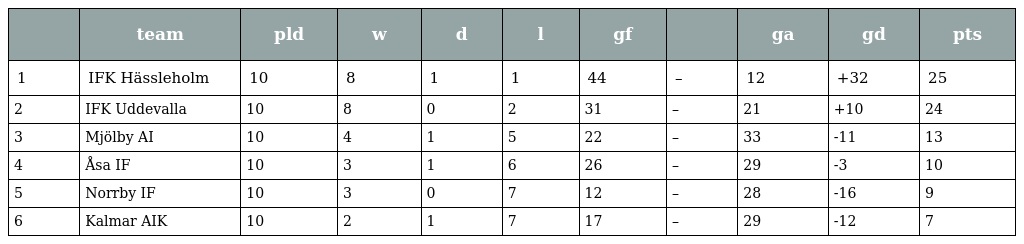
|  | team | pld | w | d | l | gf |  | ga | gd | pts |
 | --- | --- | --- | --- | --- | --- | --- | --- | --- | --- | --- |
 | 1 | IFK Hässleholm | 10 | 8 | 1 | 1 | 44 | – | 12 | +32 | 25 |
 | 2 | IFK Uddevalla | 10 | 8 | 0 | 2 | 31 | – | 21 | +10 | 24 |
 | 3 | Mjölby AI | 10 | 4 | 1 | 5 | 22 | – | 33 | -11 | 13 |
 | 4 | Åsa IF | 10 | 3 | 1 | 6 | 26 | – | 29 | -3 | 10 |
 | 5 | Norrby IF | 10 | 3 | 0 | 7 | 12 | – | 28 | -16 | 9 |
 | 6 | Kalmar AIK | 10 | 2 | 1 | 7 | 17 | – | 29 | -12 | 7 |